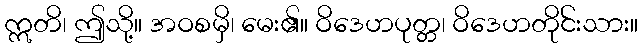
ဣတိ၊ ဤသို့။ အဝစမှိ၊ မေး၏။ ဝိဒေဟပုတ္တ၊ ဝိဒေဟတိုင်းသား။